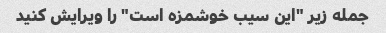
جمله زیر "این سیب خوشمزه است" را ویرایش کنید